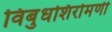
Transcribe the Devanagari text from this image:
विबुधशिरोमणी